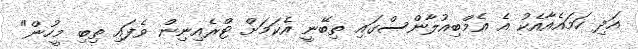
އަދި ހަމައެއާއެކު އެ އެމްބިއުލާންސްގައި ތިބޭނީ އެކަމަށް ޓްރެއިނިން ވެފައި ތިބި މީހުން"